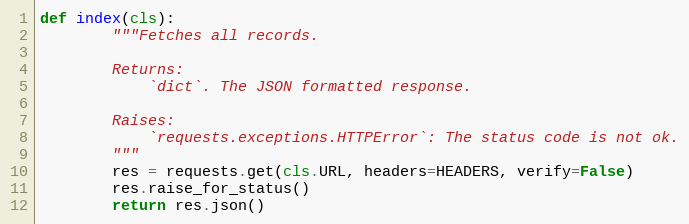
Language: Python
def index(cls):
        """Fetches all records.

        Returns:
            `dict`. The JSON formatted response.

        Raises:
            `requests.exceptions.HTTPError`: The status code is not ok.
        """
        res = requests.get(cls.URL, headers=HEADERS, verify=False)
        res.raise_for_status()
        return res.json()